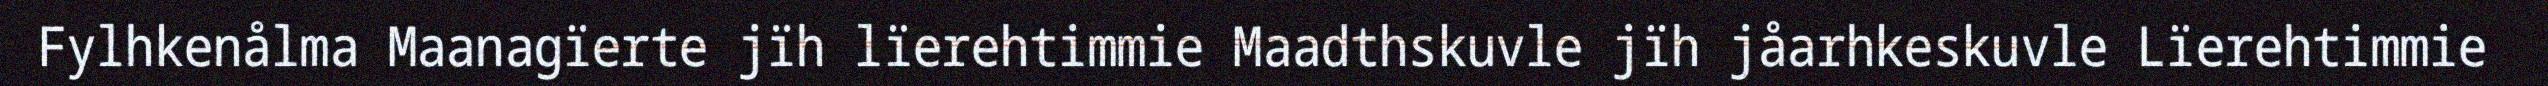
Fylhkenålma Maanagïerte jïh lïerehtimmie Maadthskuvle jïh jåarhkeskuvle Lïerehtimmie